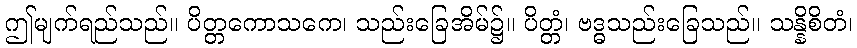
ဤမျက်ရည်သည်။ ပိတ္တကောသကေ၊ သည်းခြေအိမ်၌။ ပိတ္တံ၊ ဗဒ္ဓသည်းခြေသည်။ သန္နိစိတံ၊